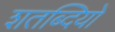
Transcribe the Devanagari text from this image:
शतब्दियों